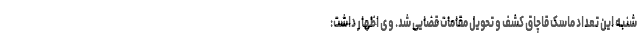
شنبه این تعداد ماسک قاچاق کشف و تحویل مقامات قضایی شد. وی اظهار داشت: